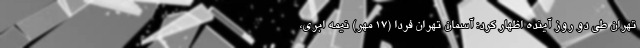
تهران طی دو روز آینده اظهار کرد: آسمان تهران فردا (۱۷ مهر) نیمه ابری،